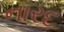
નારદ